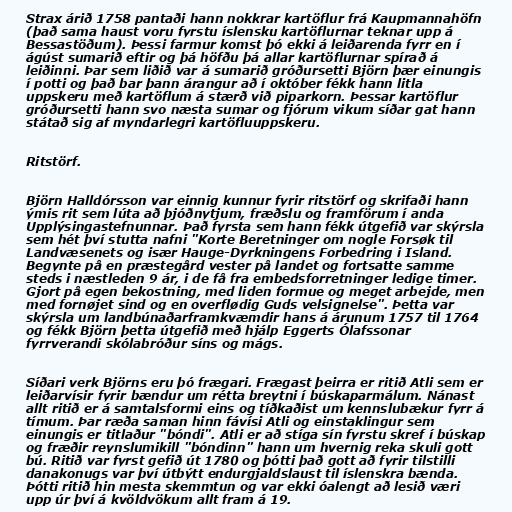
Strax árið 1758 pantaði hann nokkrar kartöflur frá Kaupmannahöfn
(það sama haust voru fyrstu íslensku kartöflurnar teknar upp á
Bessastöðum). Þessi farmur komst þó ekki á leiðarenda fyrr en í
ágúst sumarið eftir og þá höfðu þá allar kartöflurnar spírað á
leiðinni. Þar sem liðið var á sumarið gróðursetti Björn þær einungis
í potti og það bar þann árangur að í október fékk hann litla
uppskeru með kartöflum á stærð við piparkorn. Þessar kartöflur
gróðursetti hann svo næsta sumar og fjórum vikum síðar gat hann
státað sig af myndarlegri kartöfluuppskeru.

Ritstörf.

Björn Halldórsson var einnig kunnur fyrir ritstörf og skrifaði hann
ýmis rit sem lúta að þjóðnytjum, fræðslu og framförum í anda
Upplýsingastefnunnar. Það fyrsta sem hann fékk útgefið var skýrsla
sem hét því stutta nafni "Korte Beretninger om nogle Forsøk til
Landvæsenets og især Hauge-Dyrkningens Forbedring i Island.
Begynte på en præstegård vester på landet og fortsatte samme
steds i næstleden 9 ár, i de få fra embedsforretninger ledige timer.
Gjort på egen bekostning, med liden formue og meget arbejde, men
med fornøjet sind og en overflødig Guds velsignelse". Þetta var
skýrsla um landbúnaðarframkvæmdir hans á árunum 1757 til 1764
og fékk Björn þetta útgefið með hjálp Eggerts Ólafssonar
fyrrverandi skólabróður síns og mágs.

Síðari verk Björns eru þó frægari. Frægast þeirra er ritið Atli sem er
leiðarvísir fyrir bændur um rétta breytni í búskaparmálum. Nánast
allt ritið er á samtalsformi eins og tíðkaðist um kennslubækur fyrr á
tímum. Þar ræða saman hinn fávísi Atli og einstaklingur sem
einungis er titlaður "bóndi". Atli er að stíga sín fyrstu skref í búskap
og fræðir reynslumikill "bóndinn" hann um hvernig reka skuli gott
bú. Ritið var fyrst gefið út 1780 og þótti það gott að fyrir tilstilli
danakonugs var því útbýtt endurgjaldslaust til íslenskra bænda.
Þótti ritið hin mesta skemmtun og var ekki óalengt að lesið væri
upp úr því á kvöldvökum allt fram á 19.